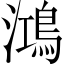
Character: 鴻